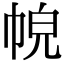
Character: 𢂹